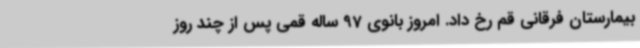
بیمارستان فرقانی قم رخ داد. امروز بانوی 97 ساله قمی پس از چند روز